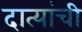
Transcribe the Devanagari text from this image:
दात्यांची